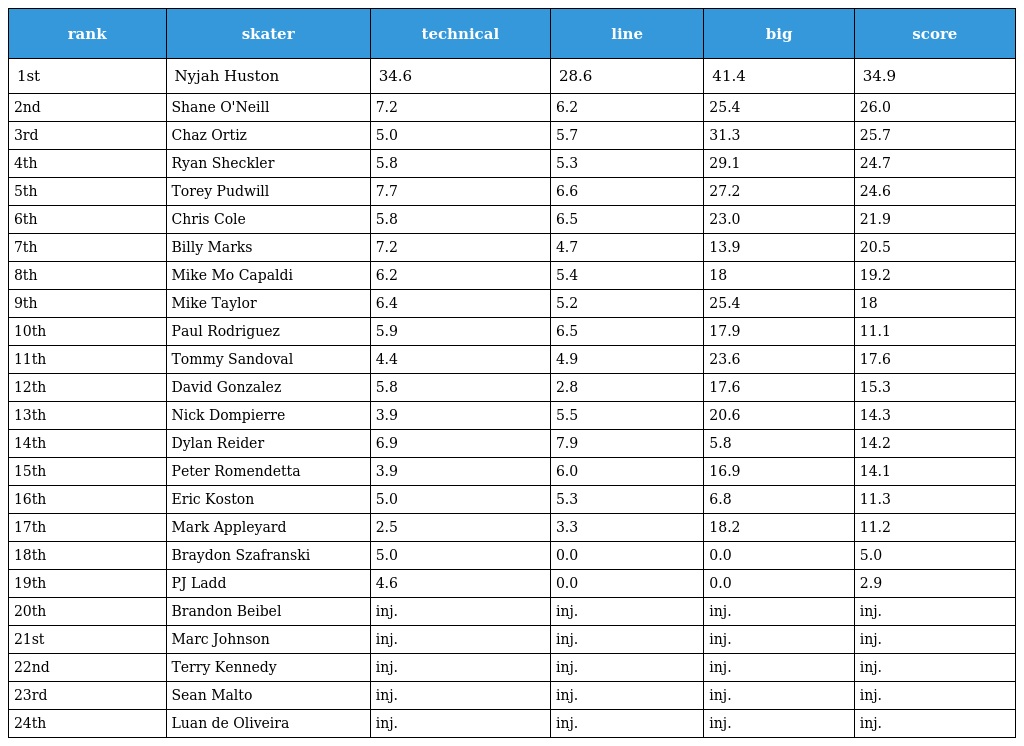
| rank | skater | technical | line | big | score |
 | --- | --- | --- | --- | --- | --- |
 | 1st | Nyjah Huston | 34.6 | 28.6 | 41.4 | 34.9 |
 | 2nd | Shane O'Neill | 7.2 | 6.2 | 25.4 | 26.0 |
 | 3rd | Chaz Ortiz | 5.0 | 5.7 | 31.3 | 25.7 |
 | 4th | Ryan Sheckler | 5.8 | 5.3 | 29.1 | 24.7 |
 | 5th | Torey Pudwill | 7.7 | 6.6 | 27.2 | 24.6 |
 | 6th | Chris Cole | 5.8 | 6.5 | 23.0 | 21.9 |
 | 7th | Billy Marks | 7.2 | 4.7 | 13.9 | 20.5 |
 | 8th | Mike Mo Capaldi | 6.2 | 5.4 | 18 | 19.2 |
 | 9th | Mike Taylor | 6.4 | 5.2 | 25.4 | 18 |
 | 10th | Paul Rodriguez | 5.9 | 6.5 | 17.9 | 11.1 |
 | 11th | Tommy Sandoval | 4.4 | 4.9 | 23.6 | 17.6 |
 | 12th | David Gonzalez | 5.8 | 2.8 | 17.6 | 15.3 |
 | 13th | Nick Dompierre | 3.9 | 5.5 | 20.6 | 14.3 |
 | 14th | Dylan Reider | 6.9 | 7.9 | 5.8 | 14.2 |
 | 15th | Peter Romendetta | 3.9 | 6.0 | 16.9 | 14.1 |
 | 16th | Eric Koston | 5.0 | 5.3 | 6.8 | 11.3 |
 | 17th | Mark Appleyard | 2.5 | 3.3 | 18.2 | 11.2 |
 | 18th | Braydon Szafranski | 5.0 | 0.0 | 0.0 | 5.0 |
 | 19th | PJ Ladd | 4.6 | 0.0 | 0.0 | 2.9 |
 | 20th | Brandon Beibel | inj. | inj. | inj. | inj. |
 | 21st | Marc Johnson | inj. | inj. | inj. | inj. |
 | 22nd | Terry Kennedy | inj. | inj. | inj. | inj. |
 | 23rd | Sean Malto | inj. | inj. | inj. | inj. |
 | 24th | Luan de Oliveira | inj. | inj. | inj. | inj. |